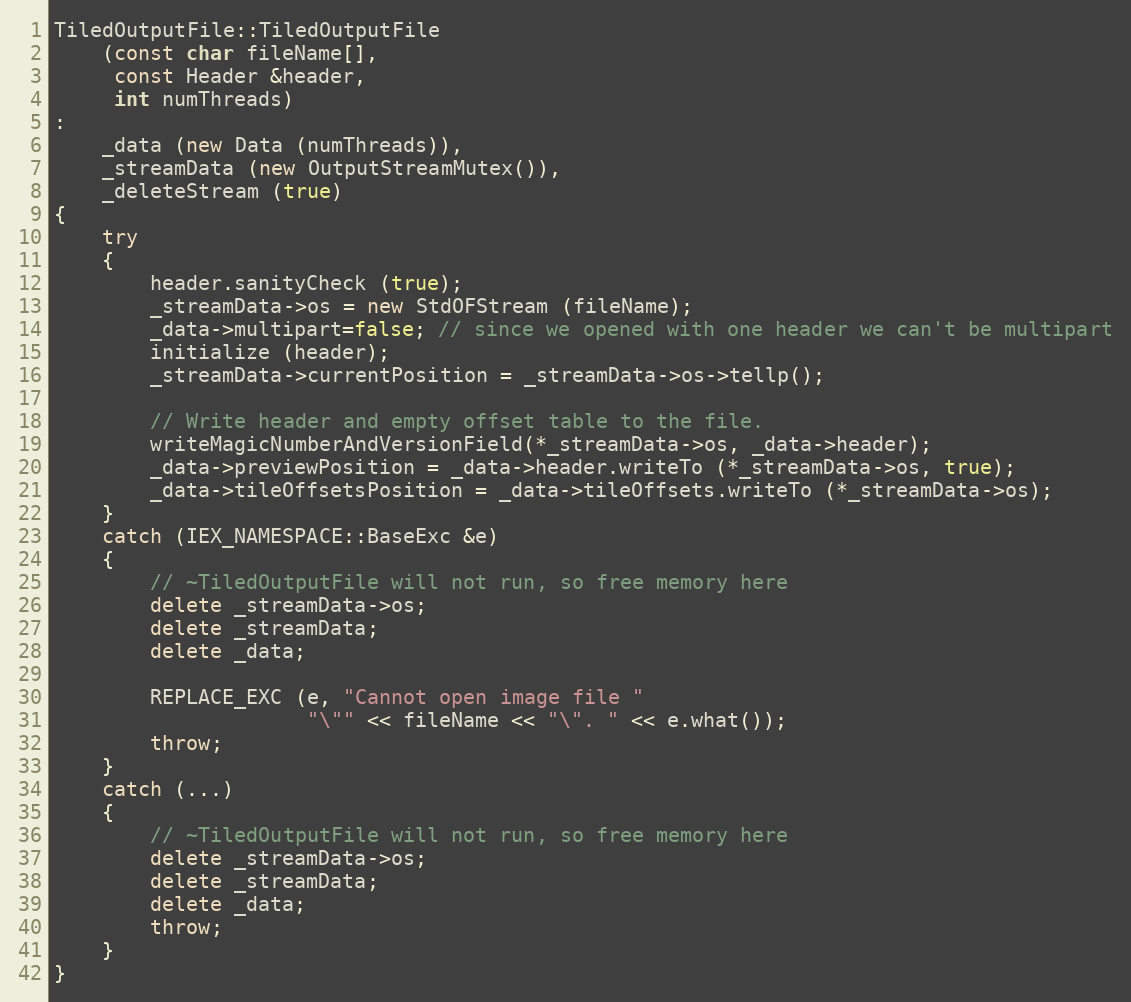
Language: C++
TiledOutputFile::TiledOutputFile
    (const char fileName[],
     const Header &header,
     int numThreads)
:
    _data (new Data (numThreads)),
    _streamData (new OutputStreamMutex()),
    _deleteStream (true)
{
    try
    {
        header.sanityCheck (true);
        _streamData->os = new StdOFStream (fileName);
        _data->multipart=false; // since we opened with one header we can't be multipart
        initialize (header);
        _streamData->currentPosition = _streamData->os->tellp();

        // Write header and empty offset table to the file.
        writeMagicNumberAndVersionField(*_streamData->os, _data->header);
        _data->previewPosition = _data->header.writeTo (*_streamData->os, true);
        _data->tileOffsetsPosition = _data->tileOffsets.writeTo (*_streamData->os);
    }
    catch (IEX_NAMESPACE::BaseExc &e)
    {
        // ~TiledOutputFile will not run, so free memory here
        delete _streamData->os;
        delete _streamData;
        delete _data;

        REPLACE_EXC (e, "Cannot open image file "
                     "\"" << fileName << "\". " << e.what());
        throw;
    }
    catch (...)
    {
        // ~TiledOutputFile will not run, so free memory here
        delete _streamData->os;
        delete _streamData;
        delete _data;
        throw;
    }
}